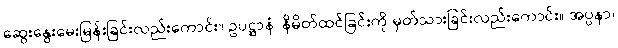
ဆွေးနွေးမေးမြန်းခြင်းလည်းကောင်း။ ဥပဋ္ဌာနံ၊ နိမိတ်ထင်ခြင်းကို မှတ်သားခြင်းလည်းကောင်း။ အပ္ပနာ၊